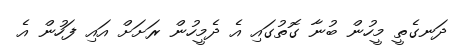
ދަނގެތީ މީހުން ބުނާ ގޮތުގައި އެ ދެމީހުން ރަށަށް އައި ފަހުން އެ